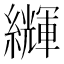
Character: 𦇊